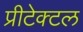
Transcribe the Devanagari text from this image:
प्रीटेक्टल